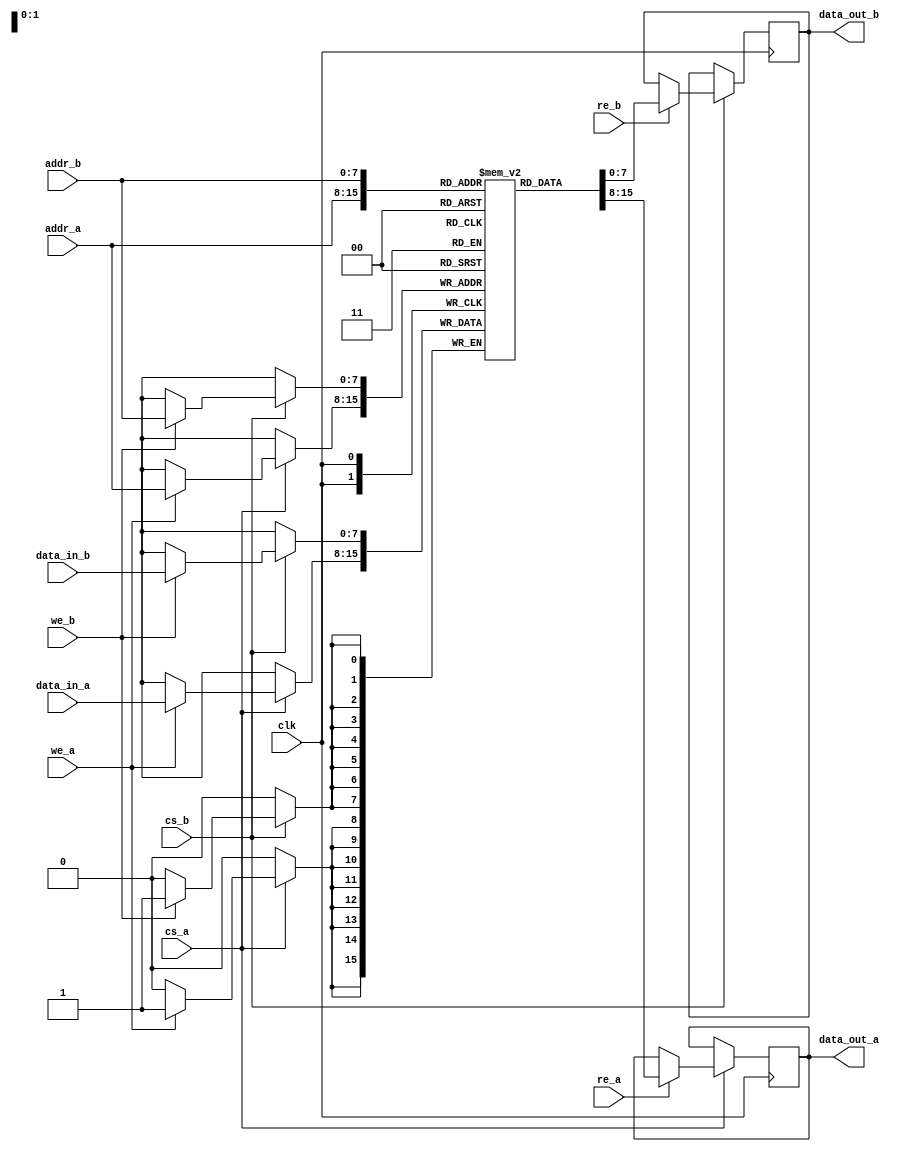
module dual_port_sram #(
    parameter DATA_WIDTH = 8,  // Width of the data bus
    parameter ADDR_WIDTH = 8,  // Width of the address bus
    parameter MEM_DEPTH = 256   // Depth of the memory (2^ADDR_WIDTH)
)(
    input wire clk,             // Clock signal
    input wire cs_a,           // Chip Select for Port A
    input wire we_a,           // Write Enable for Port A
    input wire re_a,           // Read Enable for Port A
    input wire [ADDR_WIDTH-1:0] addr_a, // Address for Port A
    input wire [DATA_WIDTH-1:0] data_in_a, // Data input for Port A
    output reg [DATA_WIDTH-1:0] data_out_a, // Data output for Port A

    input wire cs_b,           // Chip Select for Port B
    input wire we_b,           // Write Enable for Port B
    input wire re_b,           // Read Enable for Port B
    input wire [ADDR_WIDTH-1:0] addr_b, // Address for Port B
    input wire [DATA_WIDTH-1:0] data_in_b, // Data input for Port B
    output reg [DATA_WIDTH-1:0] data_out_b  // Data output for Port B
);

    // Memory array declaration
    reg [DATA_WIDTH-1:0] mem [0:MEM_DEPTH-1];

    // Port A operations
    always @(posedge clk) begin
        if (cs_a) begin
            if (we_a) begin
                // Write operation for Port A
                mem[addr_a] <= data_in_a;
            end
            if (re_a) begin
                // Read operation for Port A
                data_out_a <= mem[addr_a];
            end
        end
    end

    // Port B operations
    always @(posedge clk) begin
        if (cs_b) begin
            if (we_b) begin
                // Write operation for Port B
                mem[addr_b] <= data_in_b;
            end
            if (re_b) begin
                // Read operation for Port B
                data_out_b <= mem[addr_b];
            end
        end
    end

endmodule